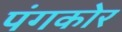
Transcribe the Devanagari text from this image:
पंगकोर